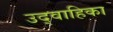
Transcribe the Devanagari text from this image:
उद्वाहिका